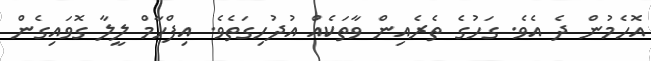
އޮހެމުން ދެ އެވެ. ގަހުގެ ތެރެއިން ވާތަކެއް އުދުހިގަތެވެ. އިފްހާމް ލީލާ ގޮވައިގެން